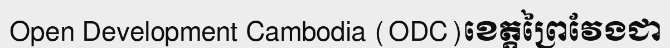
Open Development Cambodia (ODC)ខេត្តព្រៃវែងជា